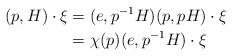
LaTeX: \begin{align*}(p,H)\cdot \xi & = (e,p^{-1}H)(p,pH) \cdot \xi \\& = \chi(p) (e,p^{-1}H)\cdot \xi\end{align*}